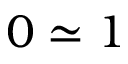
0 \simeq 1